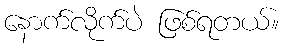
နောက်လိုက်ပဲ ဖြစ်ရတယ်။